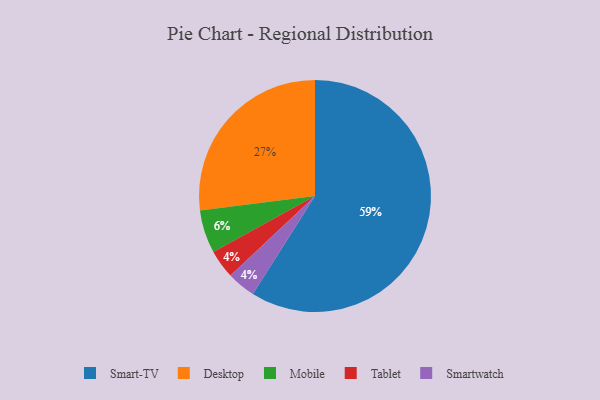
{"axis": {"x": "Category", "y": "Percentage"}, "legend": ["Desktop", "Mobile", "Smart-TV", "Smartwatch", "Tablet"], "data": [{"x": "Desktop", "y": 27, "type": "Desktop"}, {"x": "Tablet", "y": 4, "type": "Tablet"}, {"x": "Smartwatch", "y": 4, "type": "Smartwatch"}, {"x": "Smart-TV", "y": 59, "type": "Smart-TV"}, {"x": "Mobile", "y": 6, "type": "Mobile"}]}